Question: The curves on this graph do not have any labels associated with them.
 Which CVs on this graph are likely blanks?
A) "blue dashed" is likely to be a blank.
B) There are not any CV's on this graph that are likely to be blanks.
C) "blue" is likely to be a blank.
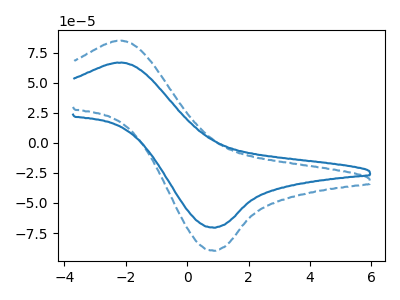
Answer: <think>The blue curve "blue" has an anodic peak at (-2.25V, 66.55uA) and a cathodic peak at (0.85V, -70.50uA). The blue dashed curve "blue dashed" has an anodic peak at (-2.25V, 84.65uA) and a cathodic peak at (0.85V, -89.65uA).</think>
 <answer>B) There are not any CV's on this graph that are likely to be blanks.</answer>
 <eval>B</eval>